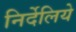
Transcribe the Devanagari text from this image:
निर्देलिये